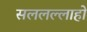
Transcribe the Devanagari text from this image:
सललल्लाहो